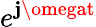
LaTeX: e^{\mathbf{j}\omegat}